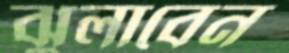
ঝুলাবেন